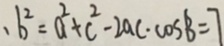
. b ^ { 2 } = a ^ { 2 } + c ^ { 2 } - 2 a c \cdot \cos B = 7